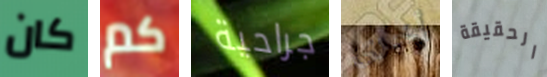
كان كم جراحية أخرى الحقيقة